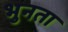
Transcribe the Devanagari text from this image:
भुनता